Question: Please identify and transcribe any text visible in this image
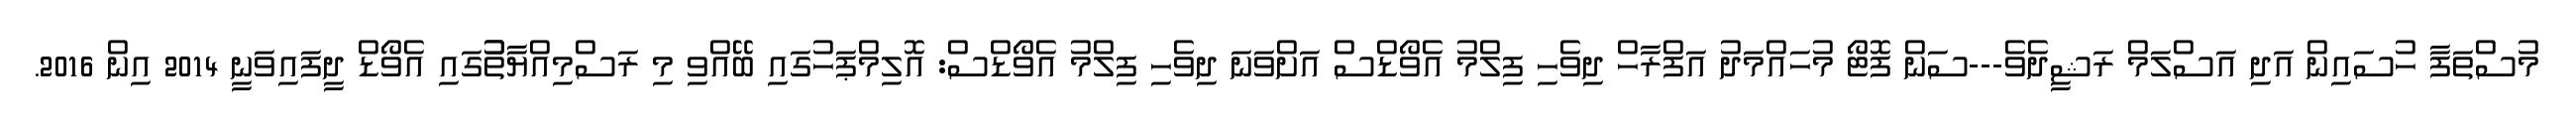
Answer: މުސްތަފާ ހުސައިން އަދި އަސްލަމް ރަޝީދެވެ---ސަން ފޮޓޯ މުހައްމަދު އަފްރާހް ދިވެހި ފިލްމު އެވޯޑްސް އަށްވަނަ ދިވެހި ފިލްމު އެވޯޑްސް: އޮލިމްޕަހުގައި ބޭއްވި މި ރަސްމިއްޔާތުުގައި އެވޯޑް ދީފައިވަނީ 2014 އިން 2016.